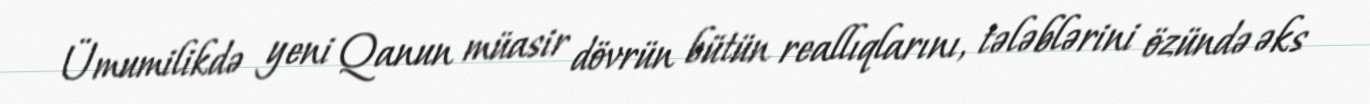
Ümumilikdə yeni Qanun müasir dövrün bütün reallıqlarını, tələblərini özündə əks